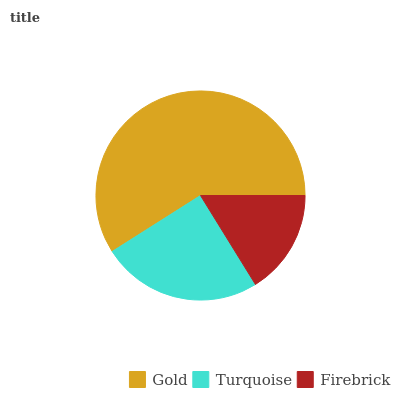
| Gold | Turquoise | Firebrick |
 | --- | --- | --- |
 | 59% | 24.8% | 16.2% |